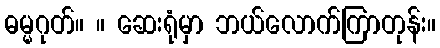
ဓမ္မဂုတ်။ ။ ဆေးရုံမှာ ဘယ်လောက်ကြာတုန်း။